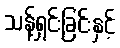
သန့်ရှင်းခြင်းနှင့်